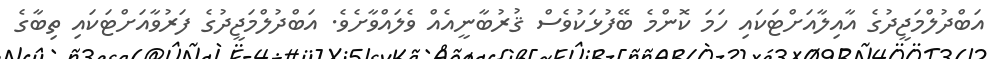
އަބްދުލްމަޖީދުގެ އާއިލާއަށްޓަކައި ހަމަ ކޮންމެ ބޭފުޅަކުވެސް ޤުރުބާނީއެއް ވެލައްވާށެވެ. އަބްދުލްމަޖީދުގެ ފަރުވާއަށްޓަކައި ތިބާގެ